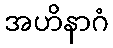
အဟိနာဂံ